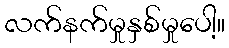
လက်နက်မှုနှစ်မှုပေါ့။